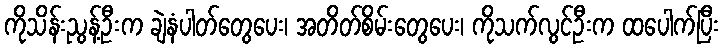
ကိုသိန်းညွန့်ဦးက ချဲနံပါတ်တွေပေး၊ အတိတ်စိမ်းတွေပေး၊ ကိုသက်လွင်ဦးက ထပေါက်ပြီး